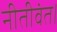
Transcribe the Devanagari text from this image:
नीतीवंत।